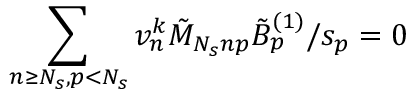
\sum _ { n \geq N _ { s } , p < N _ { s } } { v _ { n } ^ { k } \tilde { M } _ { N _ { s } n p } \tilde { B } _ { p } ^ { ( 1 ) } / s _ { p } } = 0